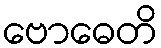
ဗောဓေတိ